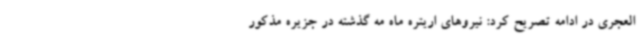
العجری در ادامه تصریح کرد: نیروهای اریتره ماه مه گذشته در جزیره مذکور